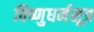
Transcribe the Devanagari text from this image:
विष्णुधर्मसूत्र